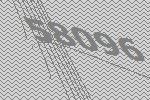
58096